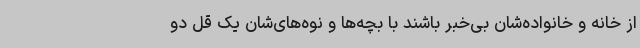
از خانه و خانواده‌شان بی‌خبر باشند با بچه‌ها و نوه‌های‌شان یک قل دو